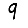
Digit: 9